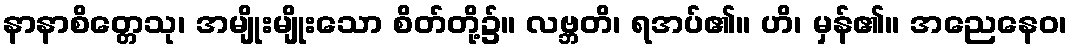
နာနာစိတ္တေသု၊ အမျိုးမျိုးသော စိတ်တို့၌။ လဗ္ဘတိ၊ ရအပ်၏။ ဟိ၊ မှန်၏။ အညေနေဝ၊